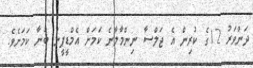
ދަންވަރު 12ގެ ކުރިން އެ ޖަލްސާ ނިންމާލާނެ ކަަމަށް އެމްޑީޕީން ބުނާ ކަމަށެވެ.